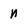
Character: n